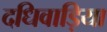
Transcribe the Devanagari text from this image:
दधिवाड़िया